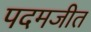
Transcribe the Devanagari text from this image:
पदमजीत